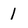
Character: l